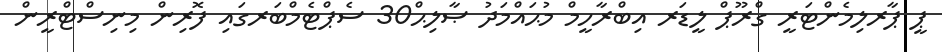
ޕީ ޕާރލިމެންޓަރީ ގްރޫޕް ލީޑަރ އިބްރާހީމް މުޙައްމަދު ޞާލިޙް30 ސެޕްޓެމްބަރގައި ފޮރިން މިނިސްޓްރީން